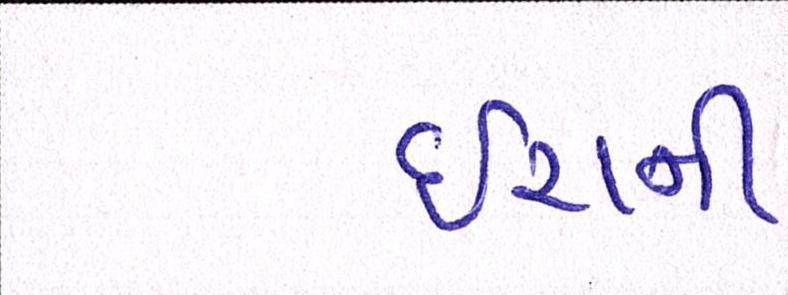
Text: ઇરાની